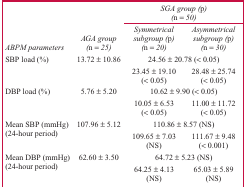
|  |  | <COLSPAN=2> SGA group (p) (n = 50) |
 | ABPM parameters | AGA group (n = 25) | Symmetrical subgroup (p) (n = 20) | Asymmetrical subgroup (p) (n = 30) |
 | --- | --- | --- | --- |
 | <ROWSPAN=2> SBP load (%) | 13.72 ± 10.86 | <COLSPAN=2> 24.56 ± 20.78 (< 0.05) |
 |  | 23.45 ± 19.10 (< 0.05) | 28.48 ± 25.74 (< 0.05) |
 | <ROWSPAN=2> DBP load (%) | 5.76 ± 5.20 | <COLSPAN=2> 10.62 ± 9.90 (< 0.05) |
 |  | 10.05 ± 6.53 (< 0.05) | 11.00 ± 11.72 (< 0.05) |
 | <ROWSPAN=2> Mean SBP (mmHg) (24-hour period) | 107.96 ± 5.12 | <COLSPAN=2> 110.86 ± 8.57 (NS) |
 |  | 109.65 ± 7.03 (NS) | 111.67 ± 9.48 (< 0.001) |
 | <ROWSPAN=2> Mean DBP (mmHg) (24-hour period) | 62.60 ± 3.50 | <COLSPAN=2> 64.72 ± 5.23 (NS) |
 |  | 64.25 ± 4.13 (NS) | 65.03 ± 5.89 (NS) |